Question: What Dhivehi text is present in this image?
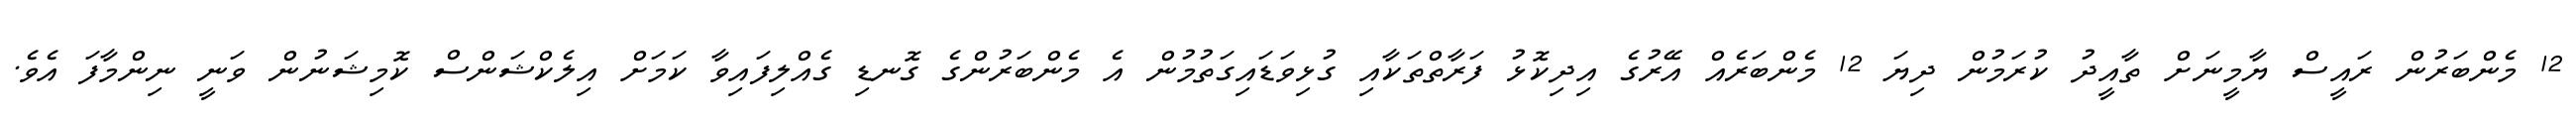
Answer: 12 މެންބަރުން ރައީސް ޔާމީނަށް ތާއީދު ކުރަމުން ދިޔަ 12 މެންބަރެއް އޭރުގެ އިދިކޮޅު ފަރާތްތަކާއި ގުޅިވަޑައިގަތުމުން އެ މެންބަރުންގެ ގޮނޑި ގެއްލިފައިވާ ކަމަށް އިލެކްޝަންސް ކޮމިޝަނުން ވަނީ ނިންމާފަ އެވެ.